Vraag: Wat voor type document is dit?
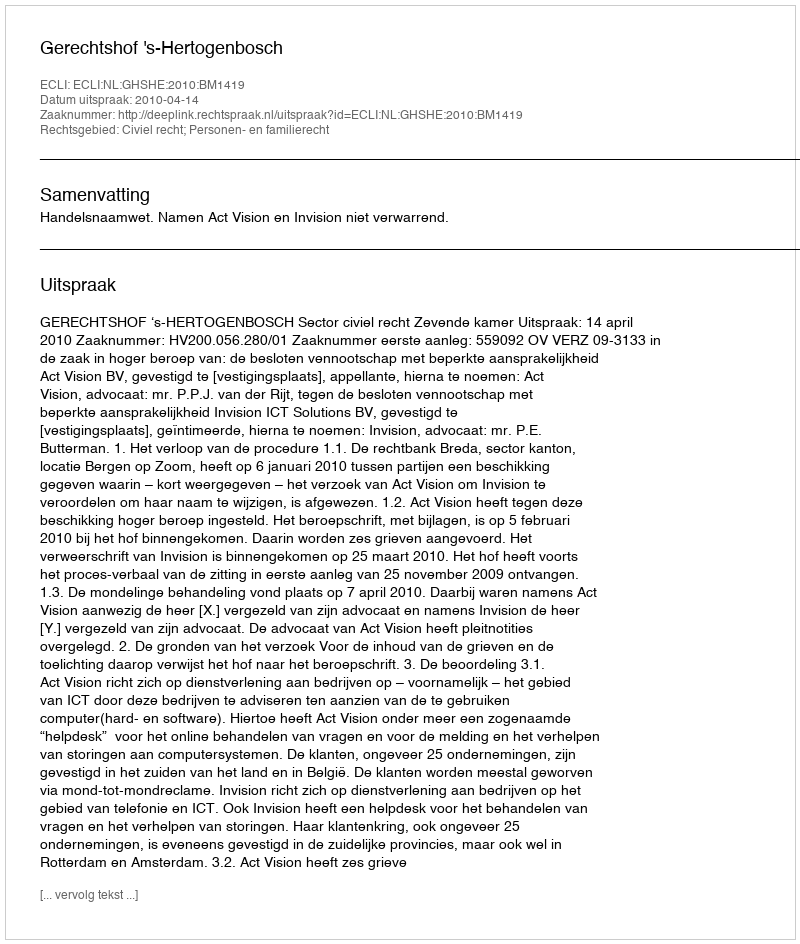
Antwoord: Uitspraak